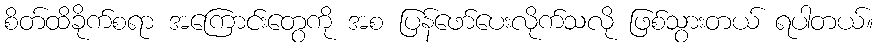
စိတ်ထိခိုက်စရာ အကြောင်းတွေကို အစ ပြန်ဖော်ပေးလိုက်သလို ဖြစ်သွားတယ် ရပါတယ်။